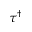
\tau ^ { \dagger }